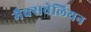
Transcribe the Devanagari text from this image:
मैक्सवेलियन